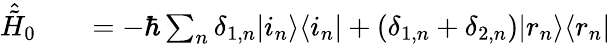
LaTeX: \begin{array}{rlr}{\hat{\tilde{H}}_{0}}&{{}}&{=-\hbar\sum_{n}\delta_{1,n}\vert i_{n}\rangle\langle i_{n}\vert+(\delta_{1,n}+\delta_{2,n})\vert r_{n}\rangle\langle r_{n}\vert}\end{array}